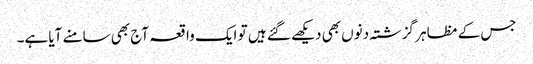
جس کے مظاہر گزشتہ دنوں بھی دیکھے گئے ہیں تو ایک واقعہ آج بھی سامنے آیا ہے۔